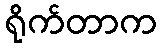
ရိုက်တာက